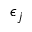
\epsilon _ { j }